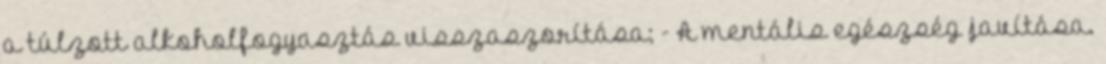
a túlzott alkoholfogyasztás visszaszorítása; - A mentális egészség javítása.